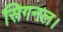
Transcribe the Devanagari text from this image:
सिगनल।